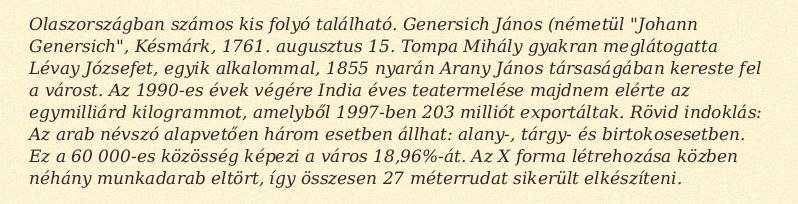
Olaszországban számos kis folyó található. Genersich János (németül "Johann Genersich", Késmárk, 1761. augusztus 15. Tompa Mihály gyakran meglátogatta Lévay Józsefet, egyik alkalommal, 1855 nyarán Arany János társaságában kereste fel a várost. Az 1990-es évek végére India éves teatermelése majdnem elérte az egymilliárd kilogrammot, amelyből 1997-ben 203 milliót exportáltak. Rövid indoklás: Az arab névszó alapvetően három esetben állhat: alany-, tárgy- és birtokosesetben. Ez a 60 000-es közösség képezi a város 18,96%-át. Az X forma létrehozása közben néhány munkadarab eltört, így összesen 27 méterrudat sikerült elkészíteni.